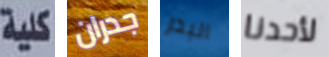
كلية جدران البدر لأحدنا